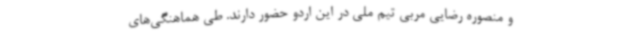
و منصوره رضایی مربی تیم ملی در این اردو حضور دارند. طی هماهنگی‌های